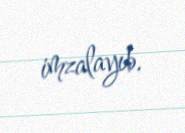
imzalayıb.